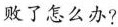
败了怎么办?